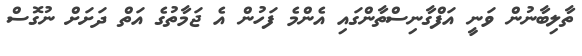
ތާލިބާނުން ވަނީ އަފްގާނިސްތާންގައި އެންމެ ފަހުން އެ ޖަމާތުގެ އަަތް ދަށަށް ނުގޮސް